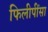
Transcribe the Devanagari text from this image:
फिलीपींसा